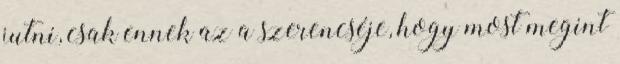
jutni, csak ennek az a szerencséje, hogy most megint